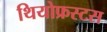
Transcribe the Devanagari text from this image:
थियोफ्रस्टस